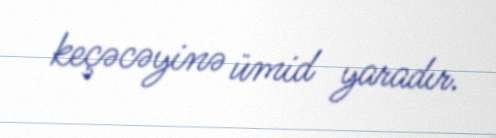
keçəcəyinə ümid yaradır.